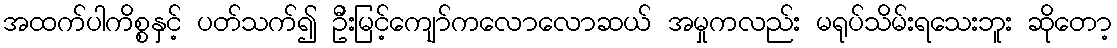
အထက်ပါကိစ္စနှင့် ပတ်သက်၍ ဦးမြင့်ကျော်ကလောလောဆယ် အမှုကလည်း မရုပ်သိမ်းရသေးဘူး ဆိုတော့